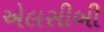
એલસીબી